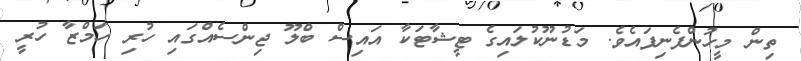
ތިން މީހުންފެނިފައެވެ. މަޑުނޫކުލައިގެ ޓީޝާޓަކާ އައިސް ބްލޫ ޖިންސެއްގައި ހުރި ހަމްޒާ ހުރީ